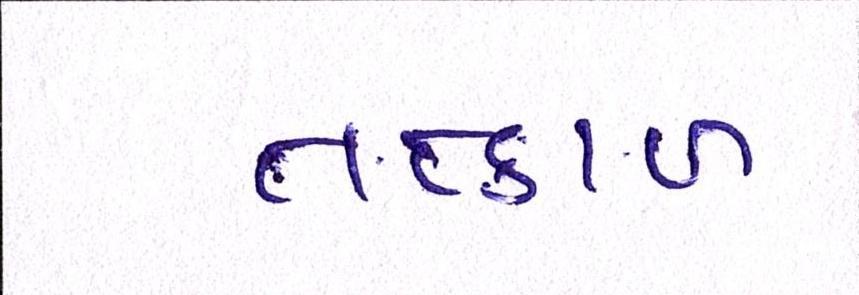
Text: તત્કાળ